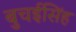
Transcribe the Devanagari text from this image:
बुचईसिंह